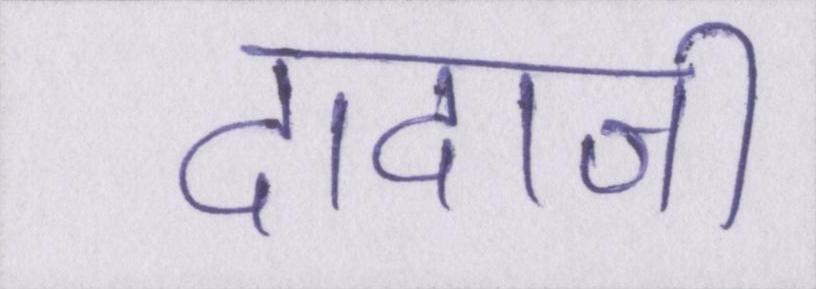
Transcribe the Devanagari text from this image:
दादाजी